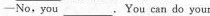
—No,you___.You can do your